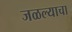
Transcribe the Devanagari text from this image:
जळल्याचा